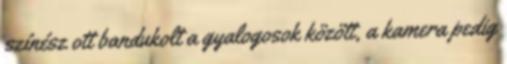
színész ott bandukolt a gyalogosok között, a kamera pedig